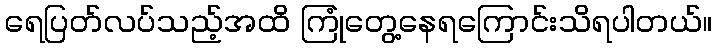
ရေပြတ်လပ်သည့်အထိ ကြုံတွေ့နေရကြောင်းသိရပါတယ်။